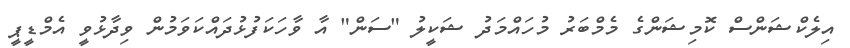
އިލެކްޝަންސް ކޮމިޝަންގެ މެމްބަރު މުހައްމަދު ޝަކީލު "ސަން" އާ ވާހަކަފުޅުދައްކަވަމުން ވިދާޅުވީ އެމްޑީޕީ